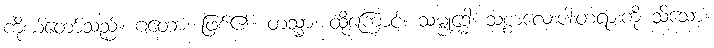
ကိုယ်တော်သည်။ ဂတော၊ ဖြစ်၏။ တသ္မာ၊ ထိုကြောင့်။ သမ္ဗုဒ္ဓေါ၊ သစ္စာလေးပါးတရားကို သိသော။